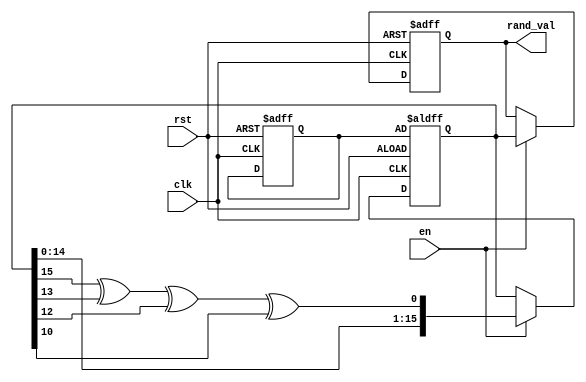
module Random_Initialization (
    input wire clk,        // Clock signal
    input wire rst,        // Asynchronous reset signal
    input wire en,         // Enable signal
    output reg [15:0] rand_val // Random value output (can adjust size as needed)
);

    reg [15:0] seed;          // Seed for the random number generator
    reg [15:0] random_state;  // State variable for random number generation

    // Initial block for seed initialization
    initial begin
        seed = 16'hABCD;  // Example seed value (could be based on simulation time)
        random_state = seed;
        rand_val = 16'b0; // Initialize Random_Value to zero
    end

    // Asynchronous reset behavior
    always @(posedge clk or posedge rst) begin
        if (rst) begin
            rand_val <= 16'b0;       // Reset Random_Value to zero
            seed <= 16'hABCD;        // Reset seed to initial value
            random_state <= seed;    // Reset random_state with the seed
        end else if (en) begin
            // Simple example of a pseudo-random number generation (using LFSR technique)
            random_state <= {random_state[14:0], random_state[15] ^ random_state[13] ^ random_state[12] ^ random_state[10]};
            rand_val <= random_state; // Update the random value output with the new random state
        end
    end

endmodule